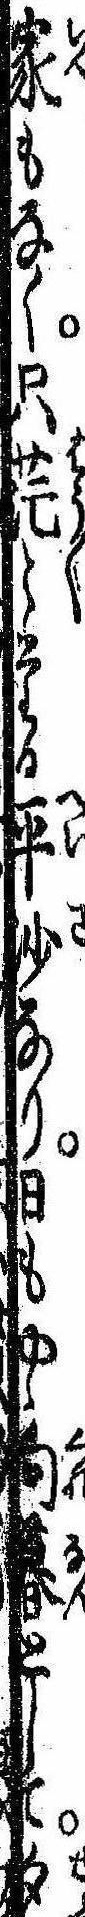
家もなく只茫〻たる平沙なり日もやゝ向暮として夕